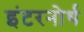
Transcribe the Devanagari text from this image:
इंटरनोर्थ